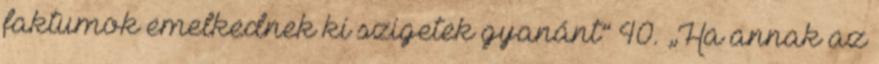
faktumok emelkednek ki szigetek gyanánt” 40. „Ha annak az